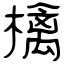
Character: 檎